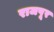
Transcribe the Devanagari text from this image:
राजपूर